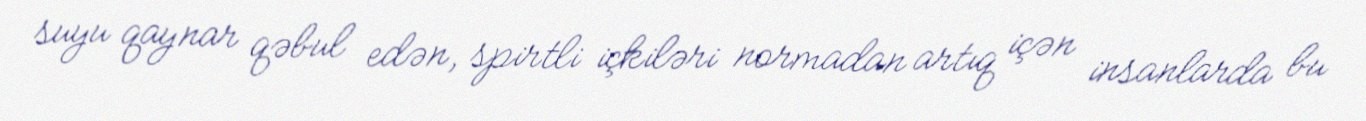
suyu qaynar qəbul edən, spirtli içkiləri normadan artıq içən insanlarda bu